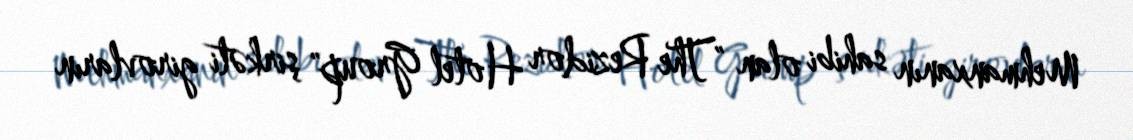
Mehmanxanın sahibi olan "The Rezidor Hotel Group" şirkəti girovların